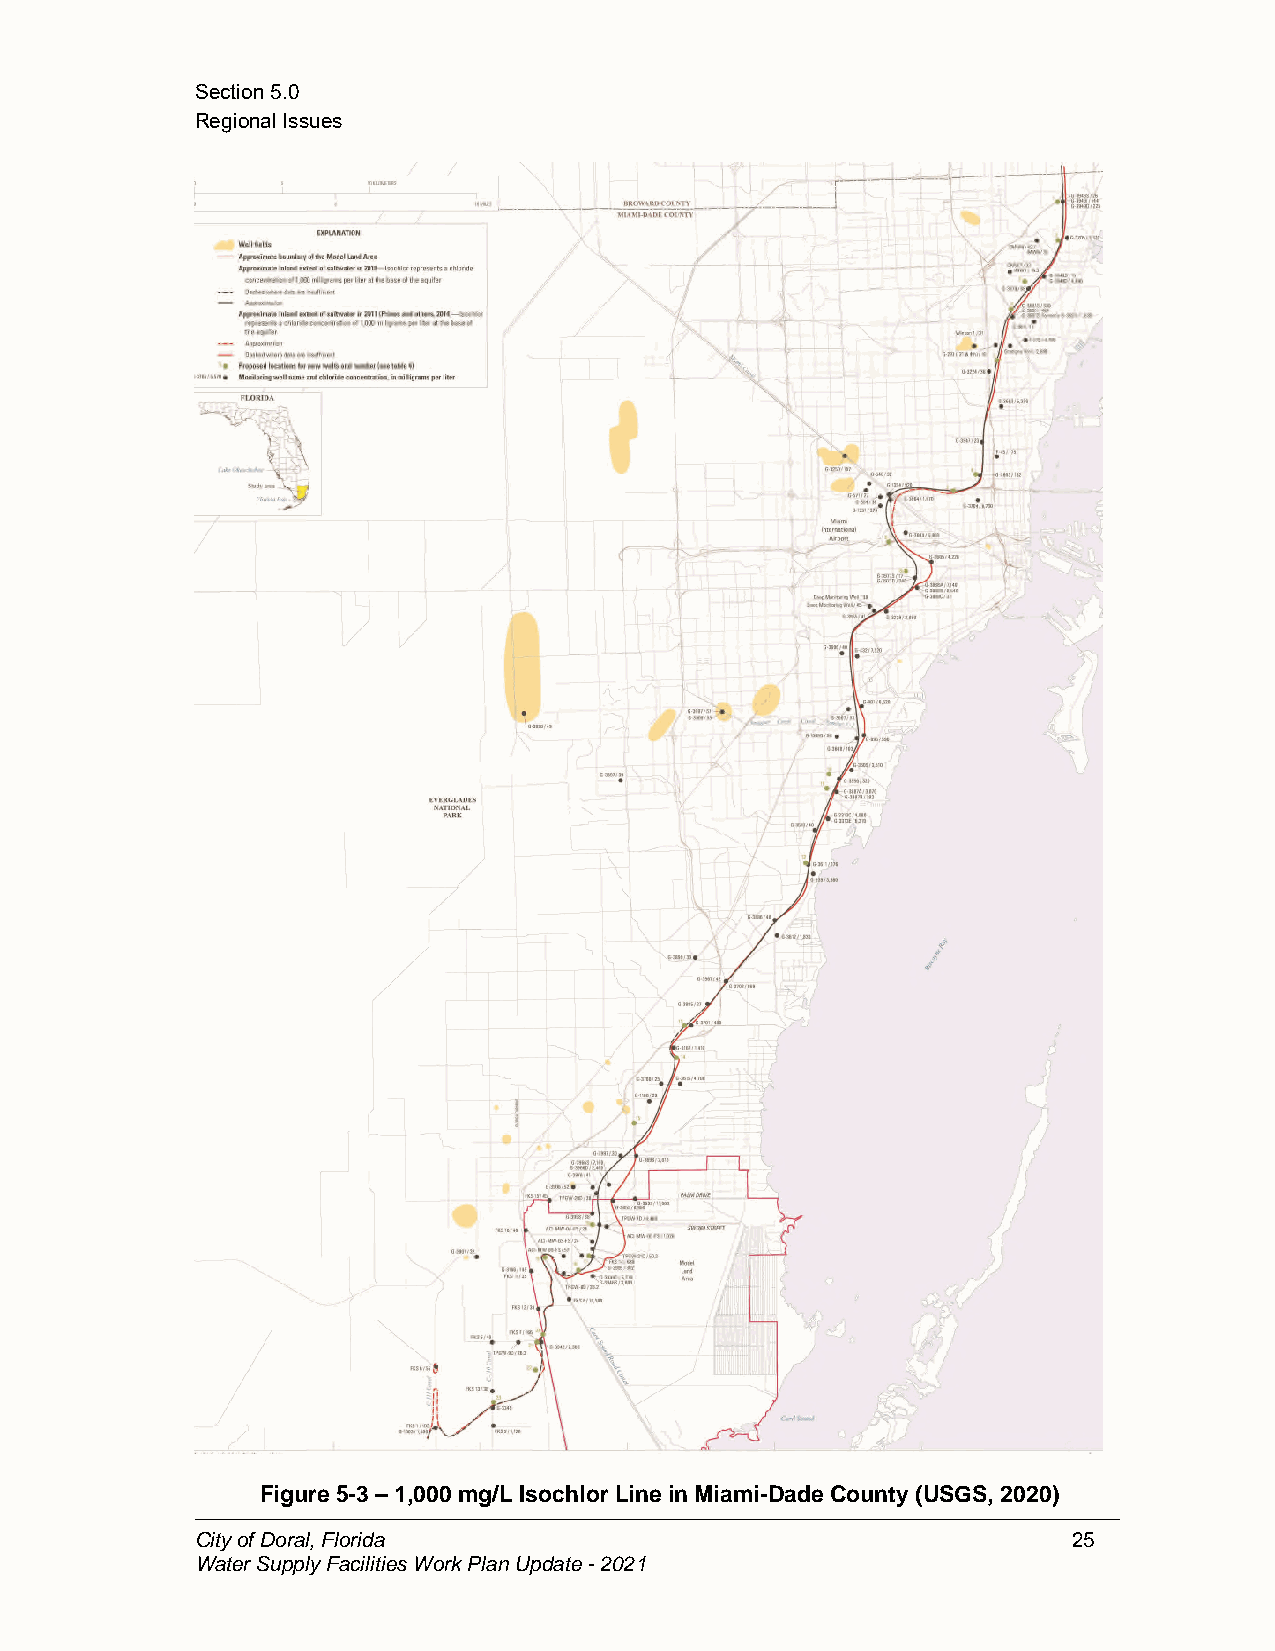
Section5.0
 RegionalIssues
 Figure 5-3 –1,000mg/LIsochlor LineinMiami-Dade County(USGS, 2020)
 CityofDoral,Florida                                       25
 WaterSupplyFacilitiesWorkPlanUpdate-2021